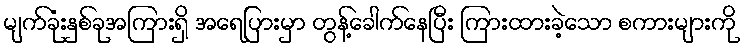
မျက်ခုံးနှစ်ခုအကြားရှိ အရေပြားမှာ တွန့်ခေါက်နေပြီး ကြားထားခဲ့သော စကားများကို